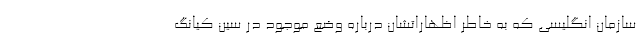
سازمان انگلیسی که به خاطر اظهاراتشان درباره وضع موجود در سین کیانگ